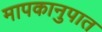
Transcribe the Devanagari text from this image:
मापकानुपात